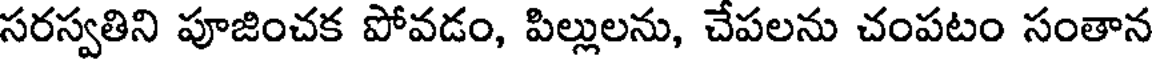
సరస్వతిని పూజించక పోవడం, పిల్లులను, చేపలను చంపటం సంతాన